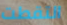
التقطت